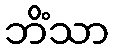
ဘိံသာ